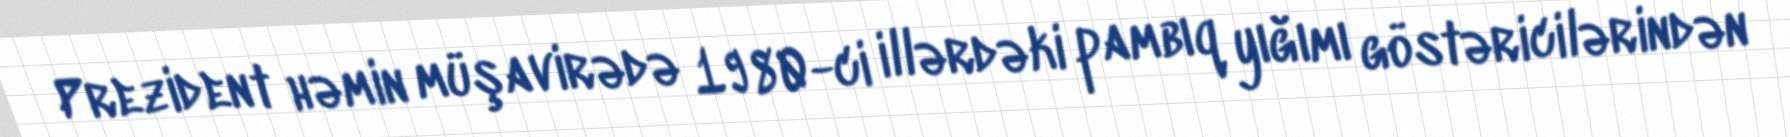
Prezident həmin müşavirədə 1980-ci illərdəki pambıq yığımı göstəricilərindən